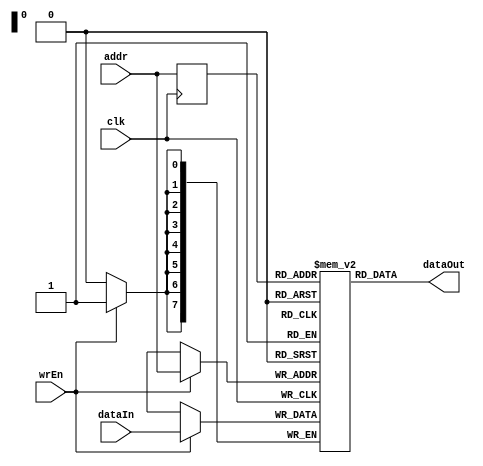
module INS_RAM
#( 
    parameter mem_init = 0, 
    parameter WIDTH = 8,
    parameter DEPTH = 256,
    parameter ADDR_WIDTH = $clog2(DEPTH)
)
(
    input wire clk, wrEn,
    input wire [WIDTH-1:0]dataIn,
    input wire [ADDR_WIDTH-1:0]addr,
    output wire [WIDTH-1:0]dataOut
);


reg [ADDR_WIDTH-1:0]addr_reg;

reg [WIDTH-1:0]memory[0:DEPTH-1] ;

/// initialize memory for simulation  /////////
initial begin
    if (mem_init == 1) begin
    //    $readmemb("../../9_ins_mem_tb.txt", memory);
       $readmemb("D:/ACA/SEM5_TRONIC_ACA/1_EN3030 _Circuits_and_Systems_Design/2020/learnFPGA/learn_processor_design/matrix_multiply/matrix_multiply_git/matrix_generation_for_tb/9_ins_mem_tb.txt", memory);
    end
end
///////////////////////////////////////////////

always @(posedge clk) begin
    addr_reg <= addr;
    if (wrEn) begin
        memory[addr] <= dataIn;   // write requires only 1 clk cyle. 
    end
end
assign dataOut = memory[addr_reg];   // address is registered. Need 2 clk cycles to read.

endmodule